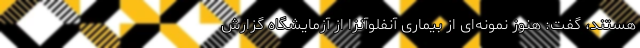
هستند، گفت: هنوز نمونه‌‌ای از بیماری آنفلوآنزا از آزمایشگاه گزارش